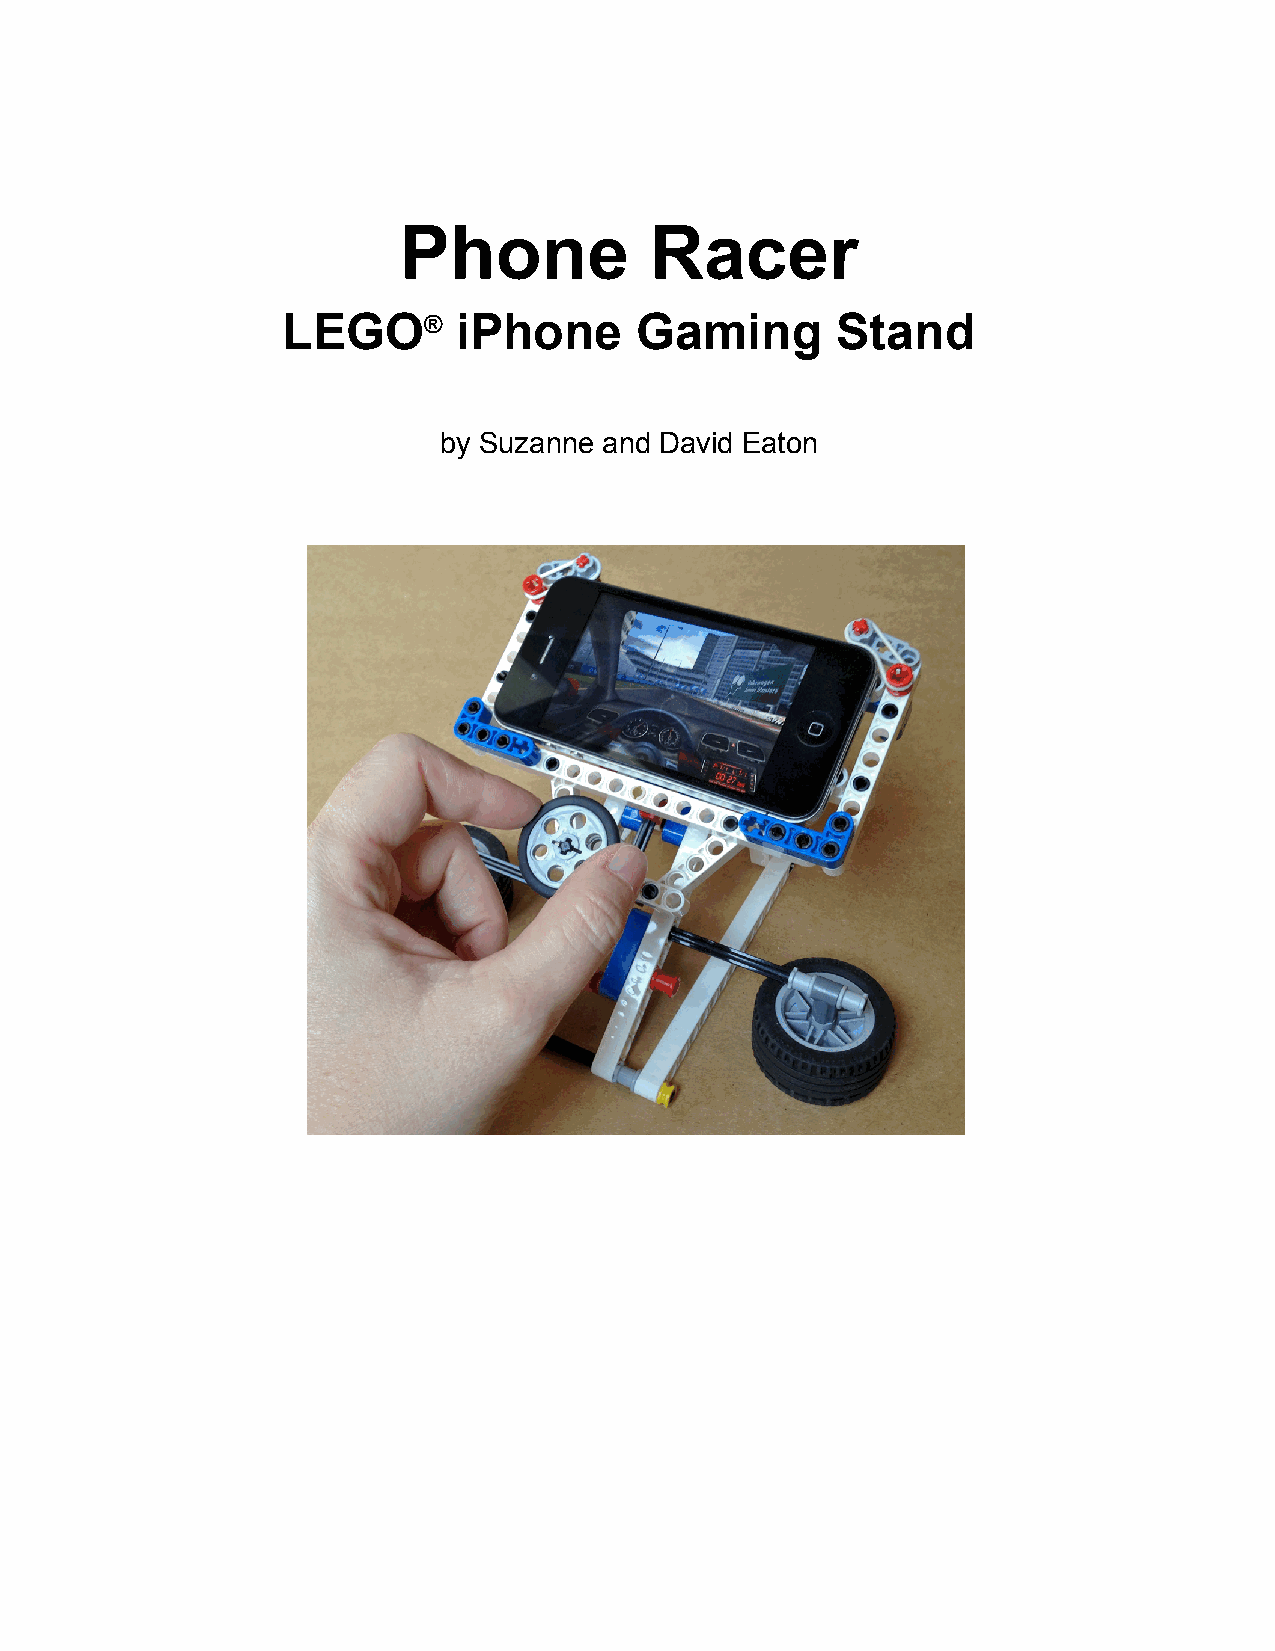
Phone            Racer
 LEGO®      iPhone      Gaming       Stand
 by Suzanne and David Eaton